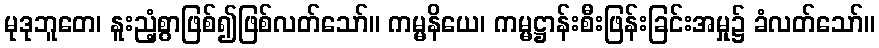
မုဒုဘူတေ၊ နူးညံ့စွာဖြစ်၍ဖြစ်လတ်သော်။ ကမ္မနိယေ၊ ကမ္မဋ္ဌာန်းစီးဖြန်းခြင်းအမှု၌ ခံလတ်သော်။